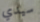
سيدي